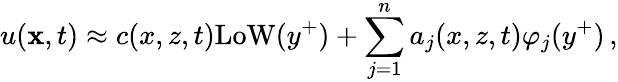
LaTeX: u({\mathbf x},t)\approx c(x,z,t)\mathrm{LoW}(y^{+})+\sum_{j=1}^{n}a_{j}(x,z,t)\varphi_{j}(y^{+})\, ,